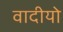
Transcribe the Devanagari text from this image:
वादीयो